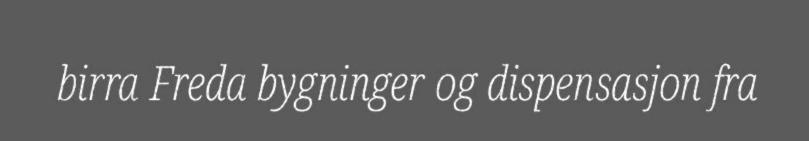
birra Freda bygninger og dispensasjon fra